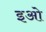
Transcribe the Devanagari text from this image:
इओ